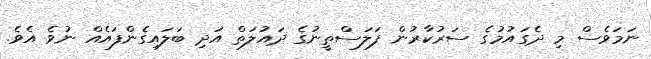
ނަމަވެސް މި ދެގައުމުގެ ސަރުކާރުން ފަލަސްތީނުގެ ދައުލަތް އަދި ބަލައިގެންފައެއް ނުވެ އެވެ.